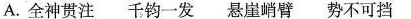
A.全神贯注 千钧一发 悬崖峭臂 势不可挡